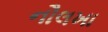
નૌલખા